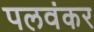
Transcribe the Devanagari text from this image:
पलवंकर